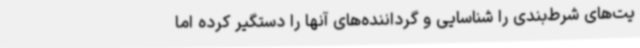
یت‌های شرط‌بندی را شناسایی و گرداننده‌های آنها را دستگیر کرده اما